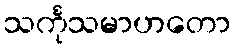
သင်္ကုသမာဟတော